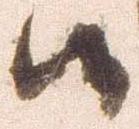
候